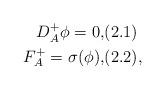
LaTeX: \begin{align*}\begin{aligned} D^{+}_{A}\phi=0,&(2.1)\\ F^{+}_{A}=\sigma(\phi),&(2.2),\end{aligned}\end{align*}